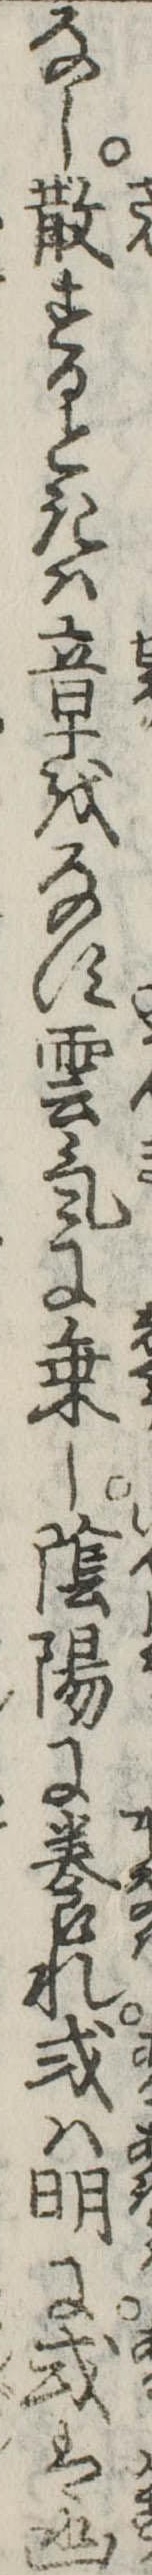
なし散するときは章をなす雲気に乗し陰陽に養れ或は明に或は幽